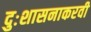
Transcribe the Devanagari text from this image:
दुःशासनाकरवी